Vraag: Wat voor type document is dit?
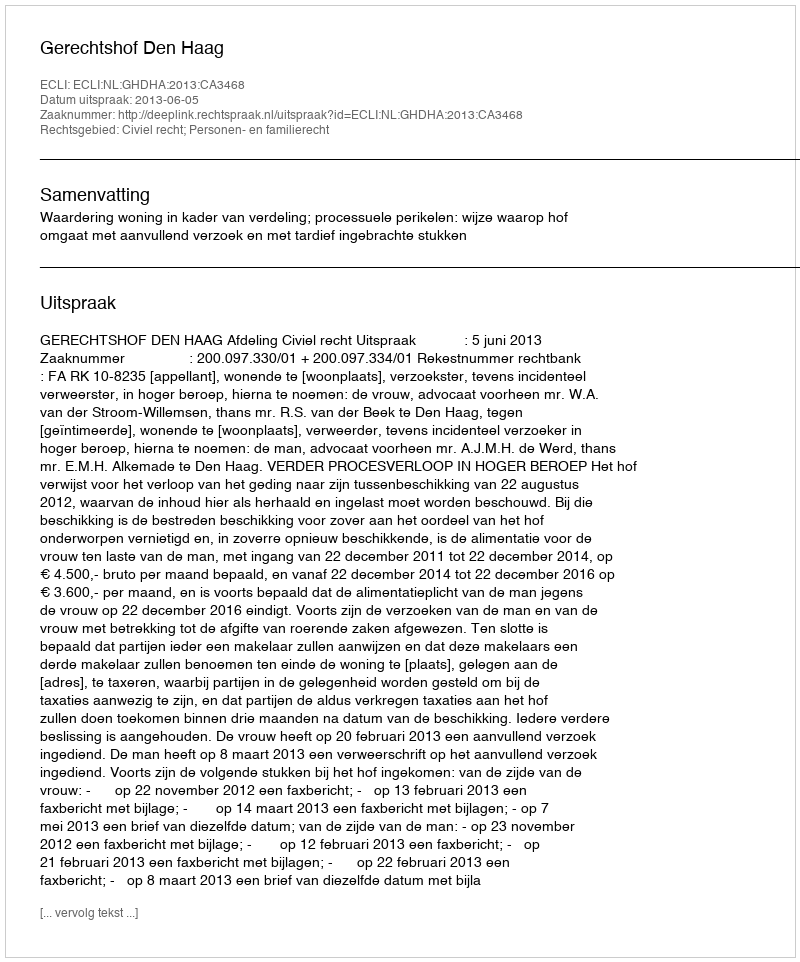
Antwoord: Uitspraak